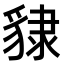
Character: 𧳙